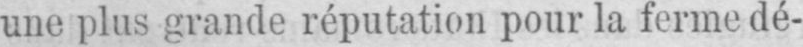
une plus grande réputation pour la ferme dé-